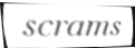
scrams